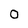
Character: O